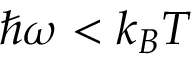
\hbar \omega < k _ { B } T